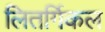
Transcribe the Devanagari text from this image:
लितर्गिकल